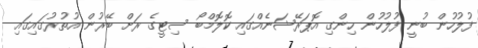
ފުލުހުން ބުނީ ފުލުހުން ހިންގި އޮޕަރޭޝަނެއްގައި ކޮލޮމްބޯ ސިޓީގެ ރަށް ބޭރުން އުތުރުގައިގައި